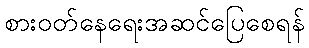
စားဝတ်နေရေးအဆင်ပြေစေရန်